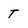
Character: T